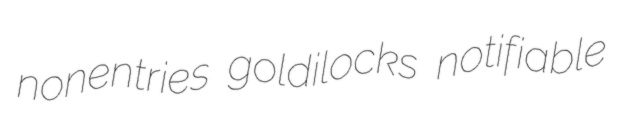
nonentries goldilocks notifiable